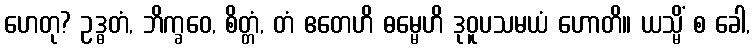
ဟေတု? ဥဒ္ဓတံ, ဘိက္ခဝေ, စိတ္တံ, တံ ဧတေဟိ ဓမ္မေဟိ ဒုဝူပသမယံ ဟောတိ။ ယသ္မိံ စ ခေါ,